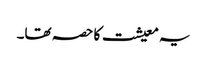
یہ معیشت کا حصہ تھا۔